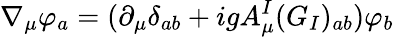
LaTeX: \nabla_{\mu}\varphi_{a}=(\partial_{\mu}\delta_{ab}+igA_{\mu}^{I}(G_{I})_{ab})\varphi_{b}